Vaccination in the Punjab 1905-1918 - 1905-1918
Year: 1905
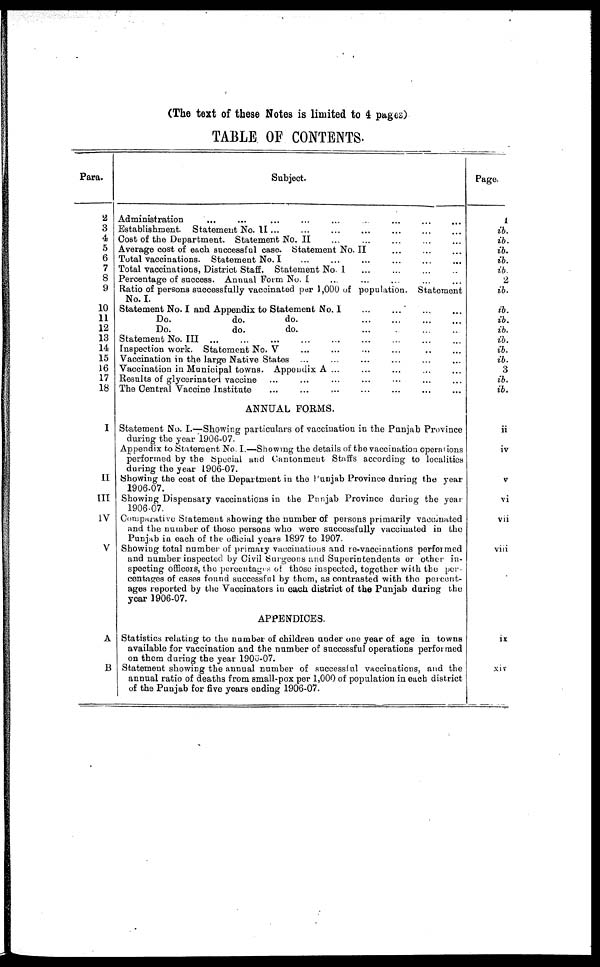
(The text of these Notes is limited to 4 pages)
TABLE OF CONTENTS.
Para.
2
3
4
5
6
7
8
9
10
11
12
13
14
15
16
17
18
I
II
III
IV
V
A
B
Subject.
Administration ... ...
...
...
...
...
...
...
...
Establishment. Statement No.II ... ... ... ... ... ... ...
Cost of the Department. Statement No. II ... ... ... ... ...
Average cost of each successful case. Statement No. II ... ... ...
Total vaccinations. Statement No. I ... ... ... ... ... ...
Total vaccinations, District Staff. Statement No. I ... ... ... ...
Percentage of success. Annual Form No. I ... ... ... ... ...
Ratio of persons successfully vaccinated par 1,000 of population. Statement
No. I.
Statement No. I and Appendix to Statement No. I ... ... ... ...
Do.
do.
do.
...
...
...
...
Do.
do.
do.
...
...
...
...
Statement No. III ... ... ... ... ... ... ... ... ...
Inspection work. Statement No. V ... ... ... ... ... ...
Vaccination in the large Native States ... ... ... ... ... ...
Vaccination in Municipal towns. Appendix A ... ... ... ... ...
Results of glycerinated vaccine ... ... ... ... ... ... ... ...
The Central Vaccine Institute
...
...
...
...
...
...
...
ANNUAL FORMS.
Statement No. I.—Showing particulars of vaccination in the Punjab Province
during the year 1906-07.
Appendix to Statement No. I.—.Showing the details of the vaccination operations
performed by the Special and Cantonment Staffs according to localities
during the year 1906-07.
Showing the cost of the Department in the Punjab Province during the year
1906-07.
Showing Dispensary vaccinations in the Punjab Province during the year
1906-07.
Comparative Statement showing the number of persons primarily vaccinated
and the number of those persons who were successfully vaccinated in the
Punjab in each of the official years 1897 to 1907.
Showing total number of primary vaccinations and re-vaccinations performed
and number inspected by Civil Surgeons and Superintendents or other in-
specting officers, the percentages of those inspected, together with the per-
centages of cases found successful by them, as contrasted with thE percent-
ages reported by the Vaccinators in each district of the Punjab during the
year 1906-07.
APPENDICES.
Statistics relating to the number of children under one year of age in towns
available for vaccination and the number of successful operations performed
on them during the year 1906-07.
Statement showing the annual number of successful vaccinations, and the
annual ratio of deaths from small-pox per 1,000 of population in each district
of the Punjab for five years ending 1906-07.
Page.
1
ib.
ib.
ib.
ib.
ib.
2
ib.
ib.
ib.
ib.
ib.
ib.
ib.
3
ib.
ib.
ii
iv
v
vi
vii
viii
ix
xiv